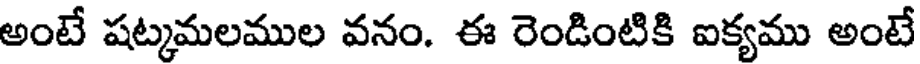
అంటే షట్కమలముల వనం. ఈ రెండింటికి ఐక్యము అంటే